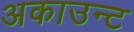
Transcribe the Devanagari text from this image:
अकाउन्ट